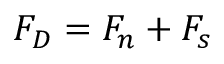
F _ { D } = F _ { n } + F _ { s }